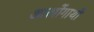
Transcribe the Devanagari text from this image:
आस्त्रोंगाथों